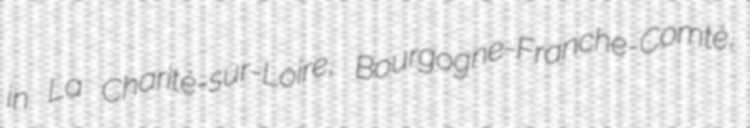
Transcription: in La Charité-sur-Loire, Bourgogne-Franche-Comté,